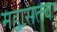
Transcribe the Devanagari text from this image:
महासत्त्वः